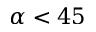
\alpha < 4 5